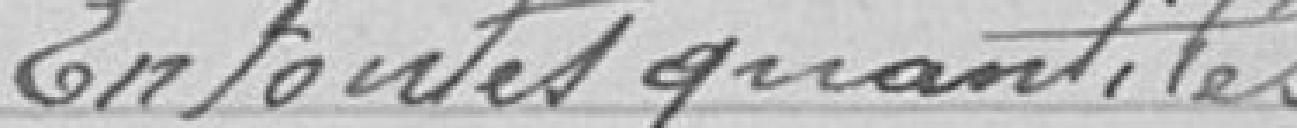
En toutes quantités